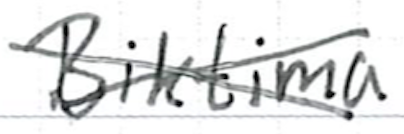
Text: Biktima
Cross-out: cross
Writing tool: ballpoint